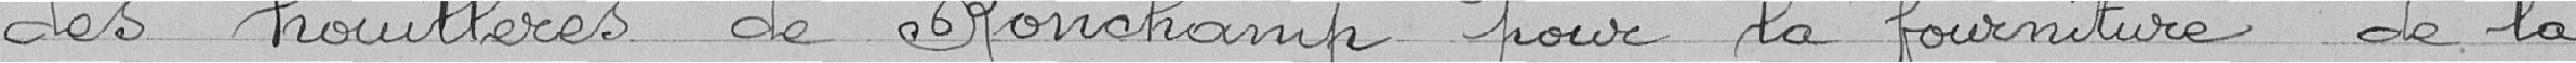
des houillères de Ronchamp pour la fourniture de la